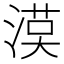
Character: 𱧻